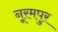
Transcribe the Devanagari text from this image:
नूरमपुर